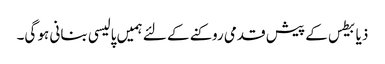
ذیابیطس کے پیش قدمی روکنے کے لئے ہمیں پالیسی بنانی ہو گی۔